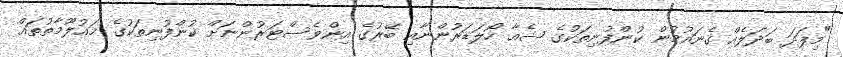
"މިފަދަ ބަދަލެއް ގެނައުމުން ކުންފުނިތަކުގެ ޝެއާ ހޯލަޑަރުންނާއި ބޭރުގެ އިންވެސްޓަރުންނަށް ކުންފުނިތަކުގެ މައުލޫމާތުތައް